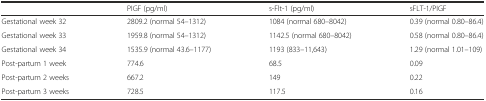
|  | PIGF (pg/ml) | s-Flt-1 (pg/ml) | sFLT-1/PIGF |
 | --- | --- | --- | --- |
 | Gestational week 32 | 2809.2 (normal 54–1312) | 1084 (normal 680–8042) | 0.39 (normal 0.80–86.4) |
 | Gestational week 33 | 1959.8 (normal 54–1312) | 1142.5 (normal 680–8042) | 0.58 (normal 0.80–86.4) |
 | Gestational week 34 | 1535.9 (normal 43.6–1177) | 1193 (833–11,643) | 1.29 (normal 1.01–109) |
 | Post-partum 1 week | 774.6 | 68.5 | 0.09 |
 | Post-partum 2 weeks | 667.2 | 149 | 0.22 |
 | Post-partum 3 weeks | 728.5 | 117.5 | 0.16 |